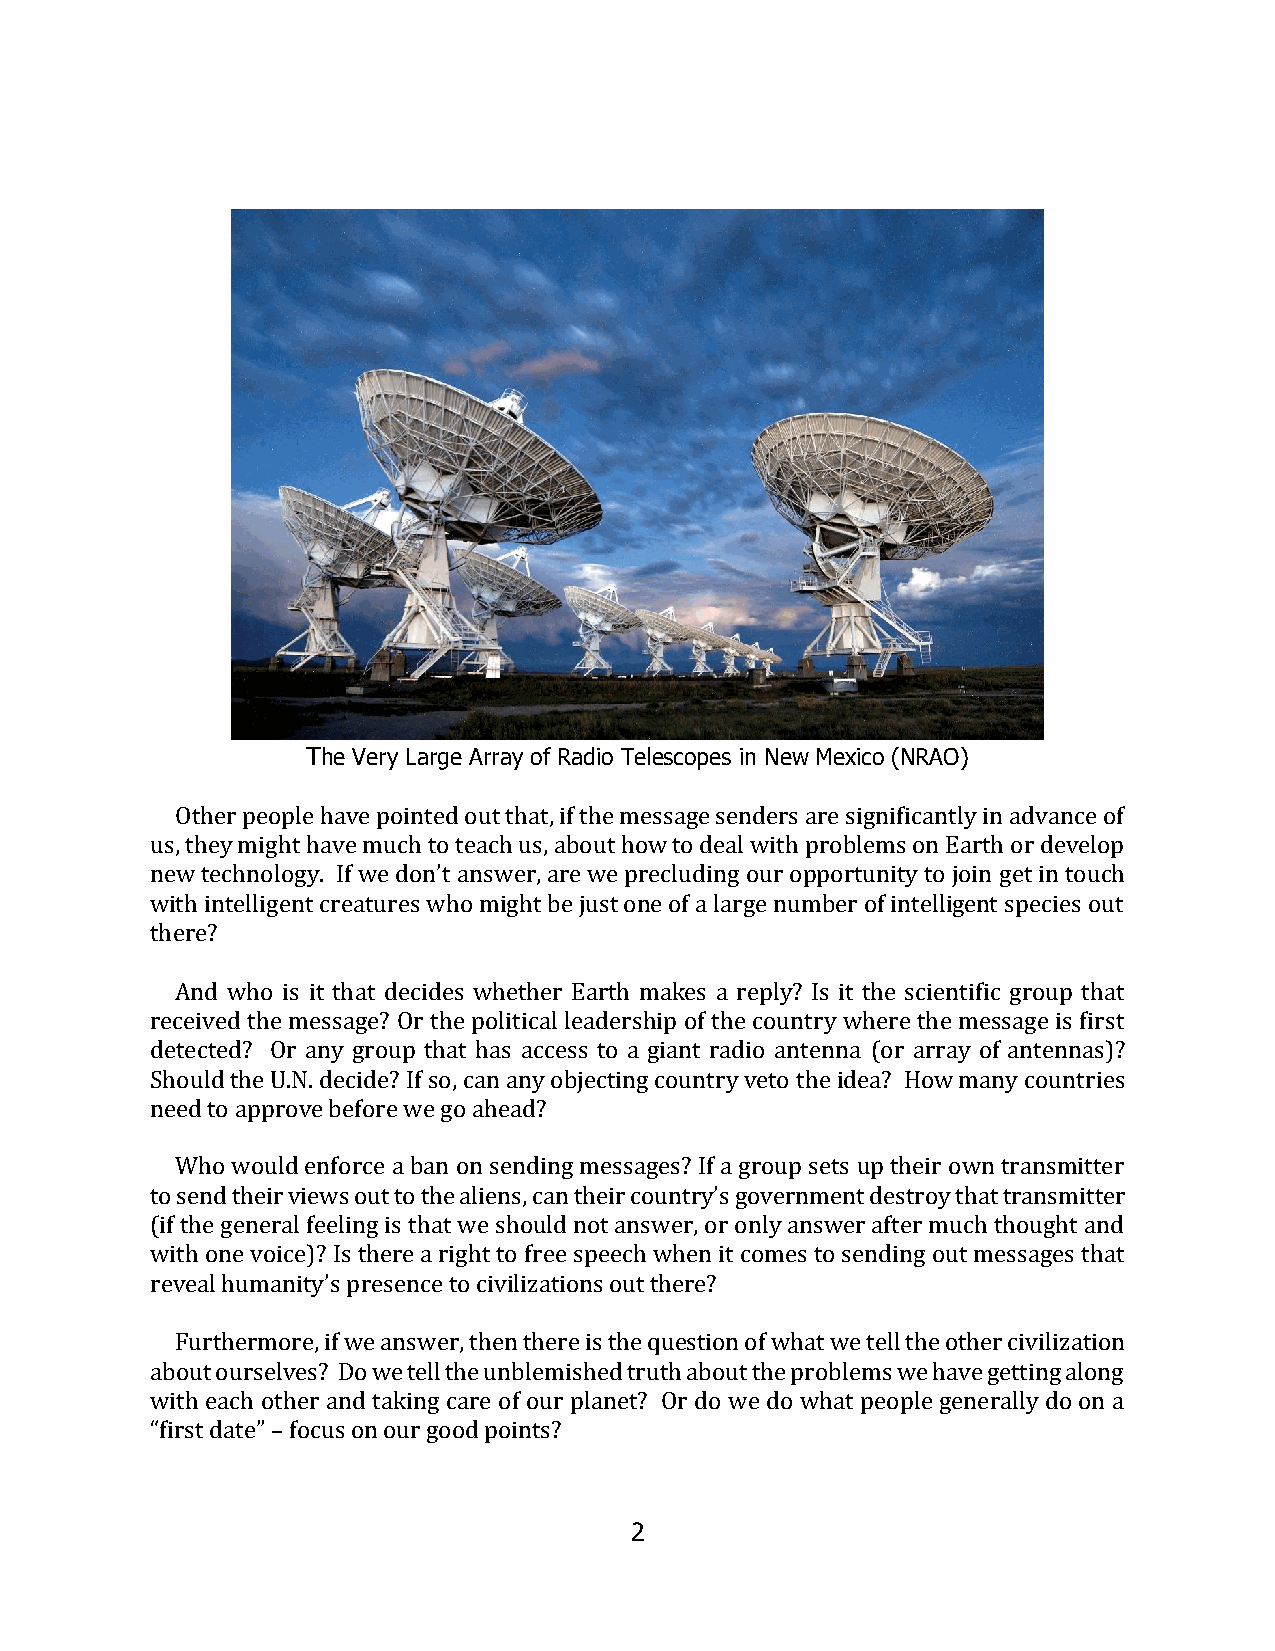
The Very Large Array of Radio Telescopes in New Mexico (NRAO)
 Other people have pointed out that, if the message senders are significantly in advance of
 us, they might have much to teach us, about how to deal with problems on Earth or develop
 new technology. If we don’t answer, are we precluding our opportunity to join get in touch
 with intelligent creatures who might be just one of a large number of intelligent species out
 there?
 And who is it that decides whether Earth makes a reply? Is it the scientific group that
 received the message? Or the political leadership of the country where the message is first
 detected? Or any group that has access to a giant radio antenna (or array of antennas)?
 Should the U.N. decide? If so, can any objecting country veto the idea? How many countries
 need to approve before we go ahead?
 Who would enforce a ban on sending messages? If a group sets up their own transmitter
 to send their views out to the aliens, can their country’s government destroy that transmitter
 (if the general feeling is that we should not answer, or only answer after much thought and
 with one voice)? Is there a right to free speech when it comes to sending out messages that
 reveal humanity’s presence to civilizations out there?
 Furthermore, if we answer, then there is the question of what we tell the other civilization
 about ourselves? Do we tell the unblemished truth about the problems we have getting along
 with each other and taking care of our planet? Or do we do what people generally do on a
 “first date” – focus on our good points?
 2